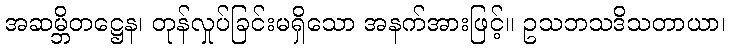
အဆမ္ဘိတဋ္ဌေန၊ တုန်လှုပ်ခြင်းမရှိသော အနက်အားဖြင့်။ ဥသဘသဒိသတာယာ၊